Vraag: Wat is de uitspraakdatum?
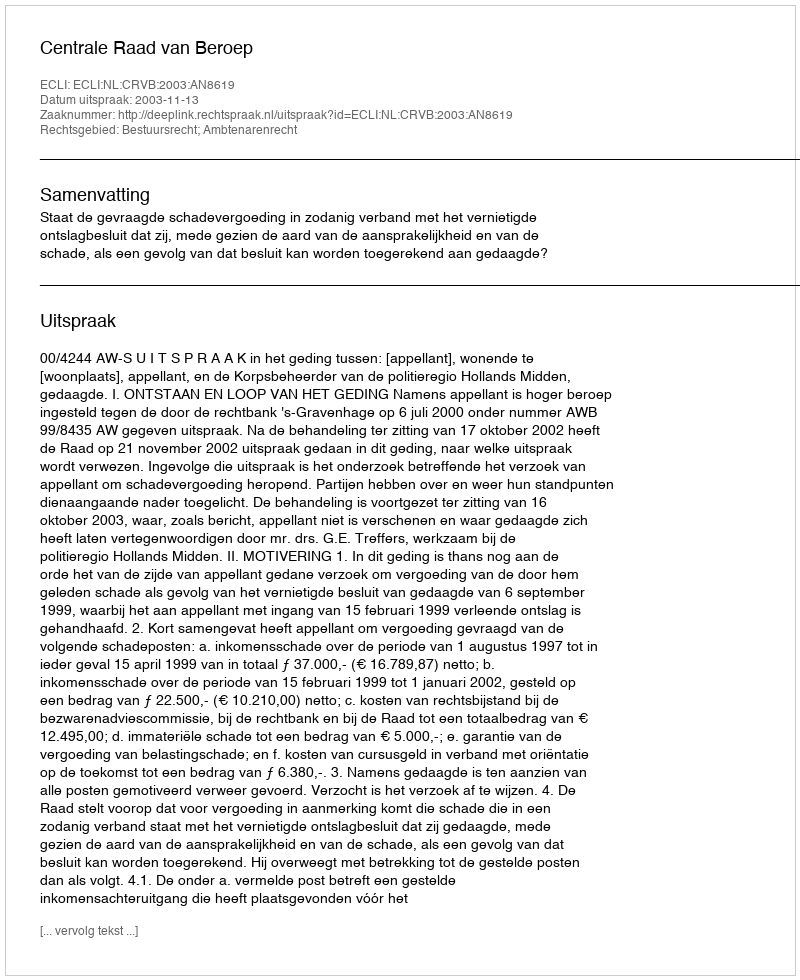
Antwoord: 2003-11-13